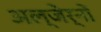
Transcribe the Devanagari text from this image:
अल्जेर्नों